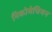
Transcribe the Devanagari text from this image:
निकोमेचियन